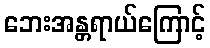
ဘေးအန္တရာယ်ကြောင့်